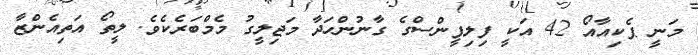
މަނީ ޕެކިއާއޯ 42 އަކީ ފިލިޕީންސްގެ ގާނުންހަދާ މަޖިލީގު މެމްބަރެކެވެ. ލީތޯ އަތިއެންޒާ